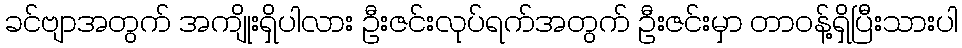
ခင်ဗျာအတွက် အကျိုးရှိပါလား ဦးဇင်းလုပ်ရက်အတွက် ဦးဇင်းမှာ တာဝန့်ရှိပြီးသားပါ